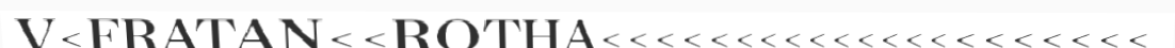
V<FRATAN<<ROTHA<<<<<<<<<<<<<<<<<<<<<